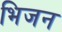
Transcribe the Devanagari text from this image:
भिजन